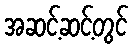
အဆင့်ဆင့်တွင်